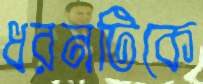
ধরনটিকে